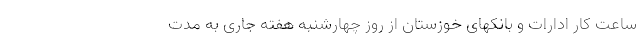
ساعت کار ادارات و بانکهای خوزستان از روز چهارشنبه هفته جاری به مدت